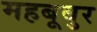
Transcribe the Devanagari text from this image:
महबूबुर